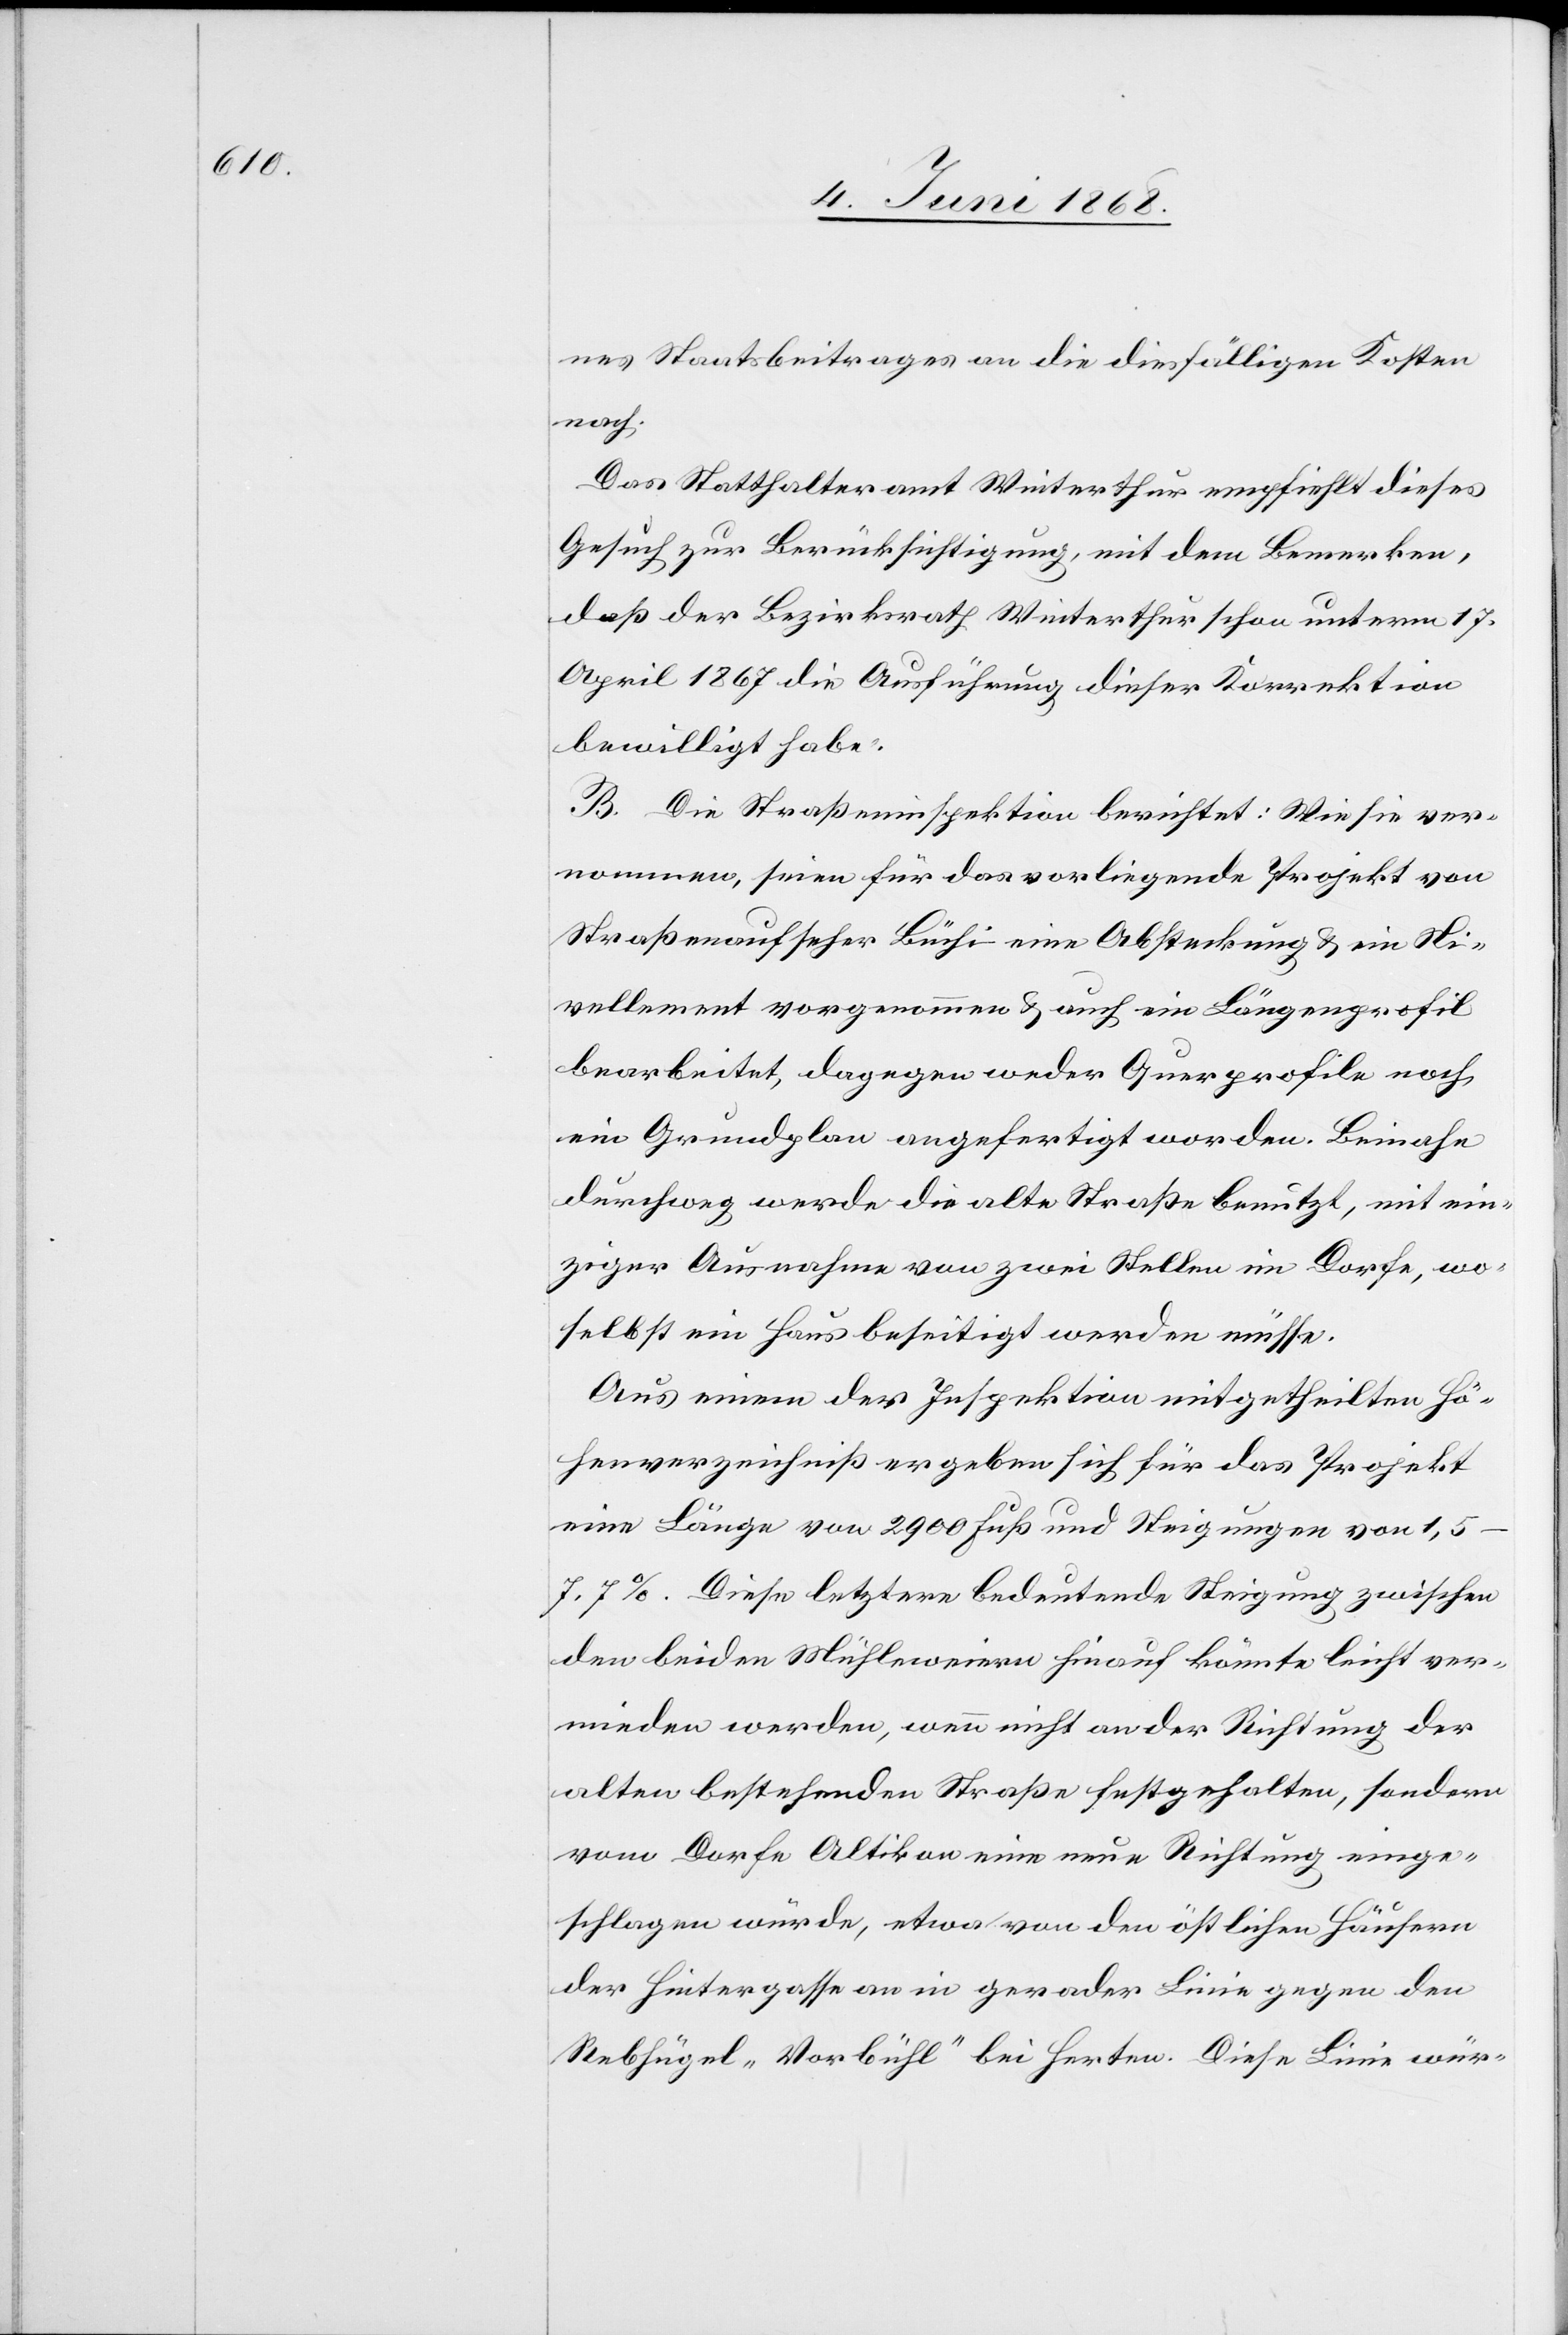
nes Staatsbeitrages an die diesfälligen Kosten
nach.
Das Statthalteramt Winterthur empfiehlt dieses
Gesuch zur Berücksichtigung, mit dem Bemerken,
daß der Bezirksrath Winterthur schon unterm 17.
April 1867 die Ausführung dieser Korrektion
bewilligt habe.
B. Die Straßeninspektion berichtet: Wie sie ver¬
nommen, seien für das vorliegende Projekt von
Straßenaufseher Büchi eine Absteckung & ein Ni¬
vellement vorgenommen & auch ein Längenprofil
bearbeitet, dagegen weder Querprofile noch
ein Grundplan angefertigt worden. Beinahe
durchweg werde die alte Straße benutzt, mit ein¬
ziger Ausnahme von zwei Stellen im Dorfe, wo¬
selbst ein Haus beseitigt werden müsse.
Aus einem der Inspektion mitgetheilten Hö¬
henverzeichniß ergeben sich für das Projekt
eine Länge von 2900 Fuß und Steigungen von
1,5–7,7%. Diese letztere bedeutende Steigung zwischen
den beiden Mühleweiern hinauf könnte leicht ver¬
mieden werden, wenn nicht an der Richtung der
alten bestehenden Straße festgehalten, sondern
vom Dorfe Altikon eine neue Richtung einge¬
schlagen würde, etwa von den östlichen Häusern
der Hintergasse an in gerader Linie gegen den
Rebhügel „Vorbühl“ bei Herten. Diese Linie wür-